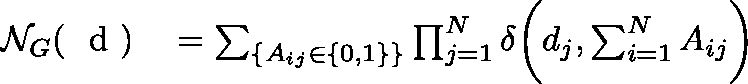
\begin{array} { r l } { \mathcal { N } _ { G } ( \mathrm { ~ \boldmath ~ d ~ } ) } & { { } = \sum _ { \{ A _ { i j } \in \{ 0 , 1 \} \} } \prod _ { j = 1 } ^ { N } \delta \biggl ( d _ { j } , \sum _ { i = 1 } ^ { N } A _ { i j } \biggr ) } \end{array}